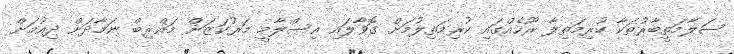
ސަލާމަތީބާރުތަކާ ކުރިމަތިލާ ރޫހެއްގައި ކުރިމަތިލުމަށް ގޮވާލައި އިސްލާމީ މަރުކަޒަށް މަޣްރިބް ނަމާދަށް ދިއުމަށް